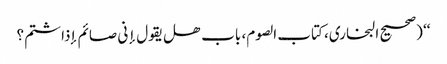
‘‘ (صحیح البخاری، کتاب الصوم، باب ھل یقول إنی صائم إذاشتم؟